Physiological action of certain drugs in tablet form - Number 52A
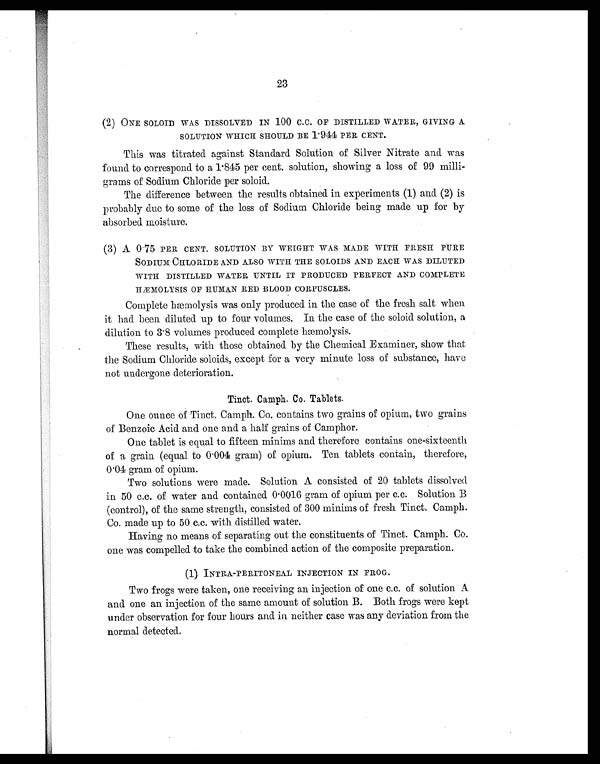
23
( 2 ) O N E S O L O I D W A S D I S S O L V E D I N 1 0 0 C . C . O F D I S T I L L E D W A T E R , G I V I N G A
SOLUTION WHICH SHOULD BE 1.944 PER CENT.
This was titrated against Standard Solution of Silver Nitrate and was
found to correspond to a 1.845 per cent. solution, showing a loss of 99 milli
-grams of Sodium Chloride per soloid.
The difference between the results obtained in experiments (1) and (2) is
probably due to some of the loss of Sodium Chloride being made up for by
absorbed moisture.
(3) A 0.75 PER CENT. SOLUTION BY WEIGHT WAS MADE WITH FRESH PURE
SODIUM CHLORIDE AND ALSO WITH THE SOLOIDS AND EACH WAS DILUTED
WITH DISTILLED WATER UNTIL IT PRODUCED PERFECT AND COMPLETE
HÆMOLYSIS OF HUMAN RED BLOOD CORPUSCLES.
Complete hæmolysis was only produced in the case of the fresh salt when
it had been diluted up to four volumes. In the case of the soloid solution, a
dilution to 3.8 volumes produced complete hæmolysis.
These results, with those obtained by the Chemical Examiner, show that
the Sodium Chloride soloids, except for a very minute loss of substance, have
not undergone deterioration.
Tinct. Camph. Co. Tablets.
One ounce of Tinct. Camph. Co. contains two grains of opium, two grains
of Benzoic Acid and one and a half grains of Camphor.
One tablet is equal to fifteen minims and therefore contains one-sixteenth
of a grain (equal to 0.004 gram) of opium. Ten tablets contain, therefore,
0.04 gram of opium.
Two solutions were made. Solution A consisted of 20 tablets dissolved.
in 50 c.c. of water and contained 0.0016 gram of opium per c.c. Solution B
(control), of the same strength, consisted of 300 minims of fresh Tinct. Camph.
Co. made up to 50 c.c. with distilled water.
Having no means of separating out the constituents of Tinct. Camph. Co.
one was compelled to take the combined action of the composite preparation.
(1) INTRA-PERITONEAL INJECTION IN FROG.
Two frogs were taken, one receiving an injection of one c.c. of solution A
and one an injection of the same amount of solution B. Both frogs were kept
under observation for four hours and in neither case was any deviation from the
normal detected.